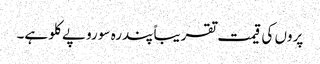
پروں کی قیمت تقریباً پندرہ سو روپے کلو ہے۔